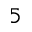
5